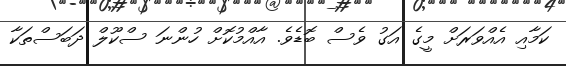
ކަމާއި އެއްވަރަށް މީގެ އަގު ވެސް ބޮޑެވެ. އާއްމުކޮށް ހުންނަ ސްކޫލް ދަބަސްތަކާ